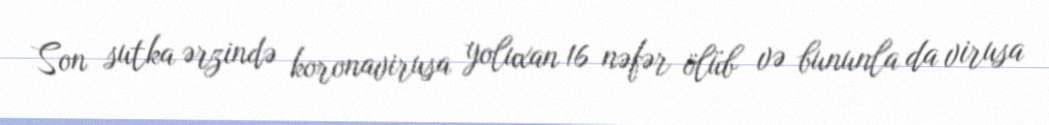
Son sutka ərzində koronavirusa yoluxan 16 nəfər ölüb və bununla da virusa